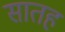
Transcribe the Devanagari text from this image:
सातह